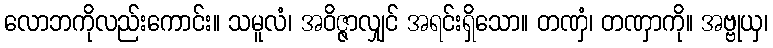
လောဘကိုလည်းကောင်း။ သမူလံ၊ အဝိဇ္ဇာလျှင် အရင်းရှိသော။ တဏှံ၊ တဏှာကို။ အဗ္ဗုယှ၊